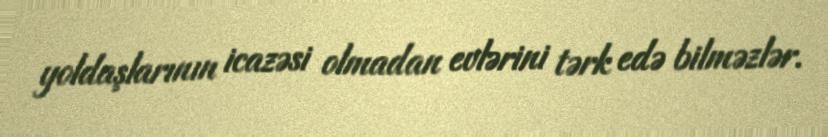
yoldaşlarının icazəsi olmadan evlərini tərk edə bilməzlər.